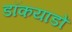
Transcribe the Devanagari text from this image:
डॉकयाडों